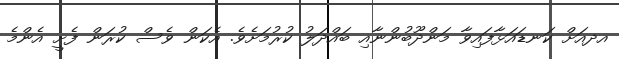
އދއަށް ކަނޑައަޅާފައިވާ މަންދޫބުންނާއި ބައްދަލު ކުރުމަށެވެ. އެކަން ވެސް ކުރަން ފެށީ އެންމެ